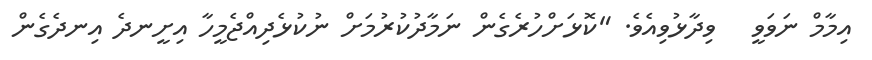
އިމާމް ނަވަވީ   ވިދާޅުވިއެވެ. "ކޮޅަށްހުރެގެން ނަމާދުކުރުމަށް ނުކުޅެދިއްޖެމީހާ އިށީނދެ އިނދެގެން